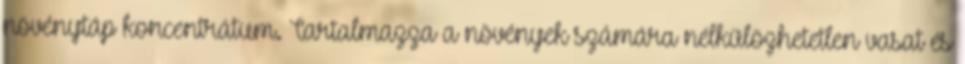
növénytáp koncentrátum. Tartalmazza a növények számára nélkülözhetetlen vasat és